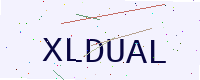
Text: XLDUAL